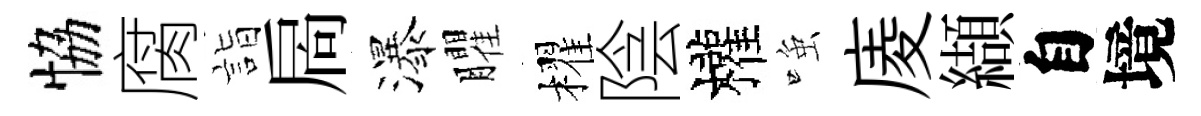
恊腐詣扄瀑臞櫂陰權𫪻庱纈自境